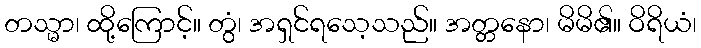
တသ္မာ၊ ထို့ကြောင့်။ တွံ၊ အရှင်ရသေ့သည်။ အတ္တနော၊ မိမိ၏။ ဝိရိယံ၊